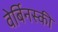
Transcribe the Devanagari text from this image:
वेर्बिनस्की